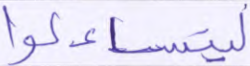
ليتساءلوا